Annual report of the Punjab Veterinary College and of the Civil Veterinary Department, Punjab - 1926-1932
Year: 1926
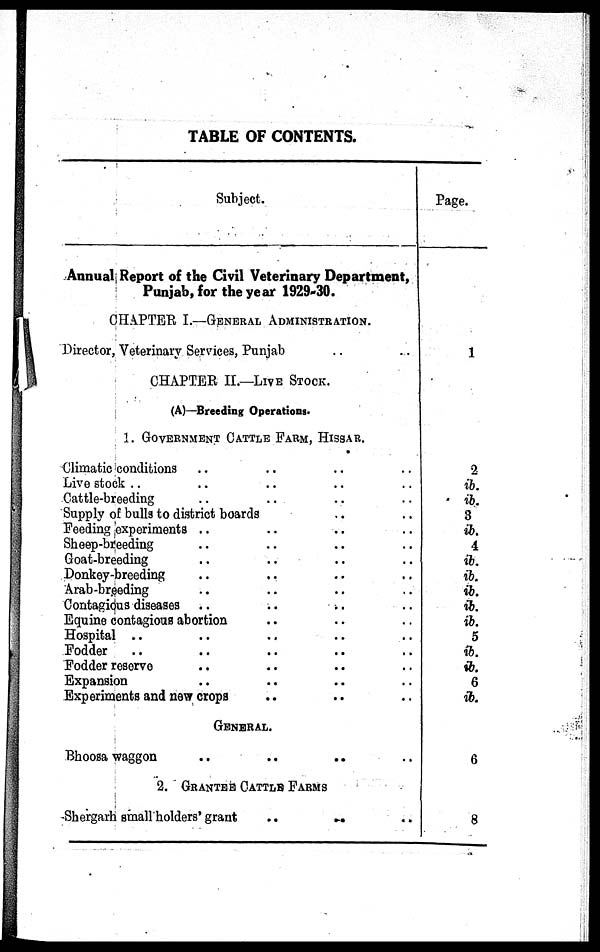
TABLE OF CONTENTS.
Subject.
Annual Report of the Civil Veterinary Department,
Punjab, for the year 1929-30.
CHAPTER I.—GENERAL ADMINISTRATION.
Director, Veterinary Services, Punjab
CHAPTER II.—LIVE STOCK.
(A)—Breeding Operations.
1. GOVERNMENT CATTLE FARM, HISSAR.
Climatic conditions .. .. .. .. ..
Live stock .. .. .. .. ..
Cattle-breeding .. .. .. ..
Supply of bulls to district boards .. .. .. ..
Feeding experiments .. .. .. ..
Sheep-breeding .. .. .. .. ..
Goat-breeding .. .. .. ..
Donkey-breeding .. .. .. ..
Arab-breeding .. .. .. ..
Contagious diseases .. .. .. ..
Equine contagious abortion .. .. .. ..
Hospital .. .. .. ..
Fodder .. .. ..
Fodder reserve .. .. .. ..
Expansion .. .. .. ..
Experiments and new crops .. .. .. ..
GENERAL.
Bhoosa waggon .. .. ..
2. GRANTEE CATTLE FARMS
Shergarh small holders' grant
..
..
..
Page.
1
2
ib.
ib.
3
ib.
4
ib.
ib.
ib.
ib.
ib.
5
ib.
ib.
6
ib.
6
8